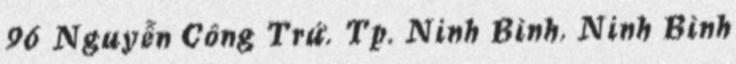
96 Nguyễn Công Trứ, Tp. Ninh Bình, Ninh Bình